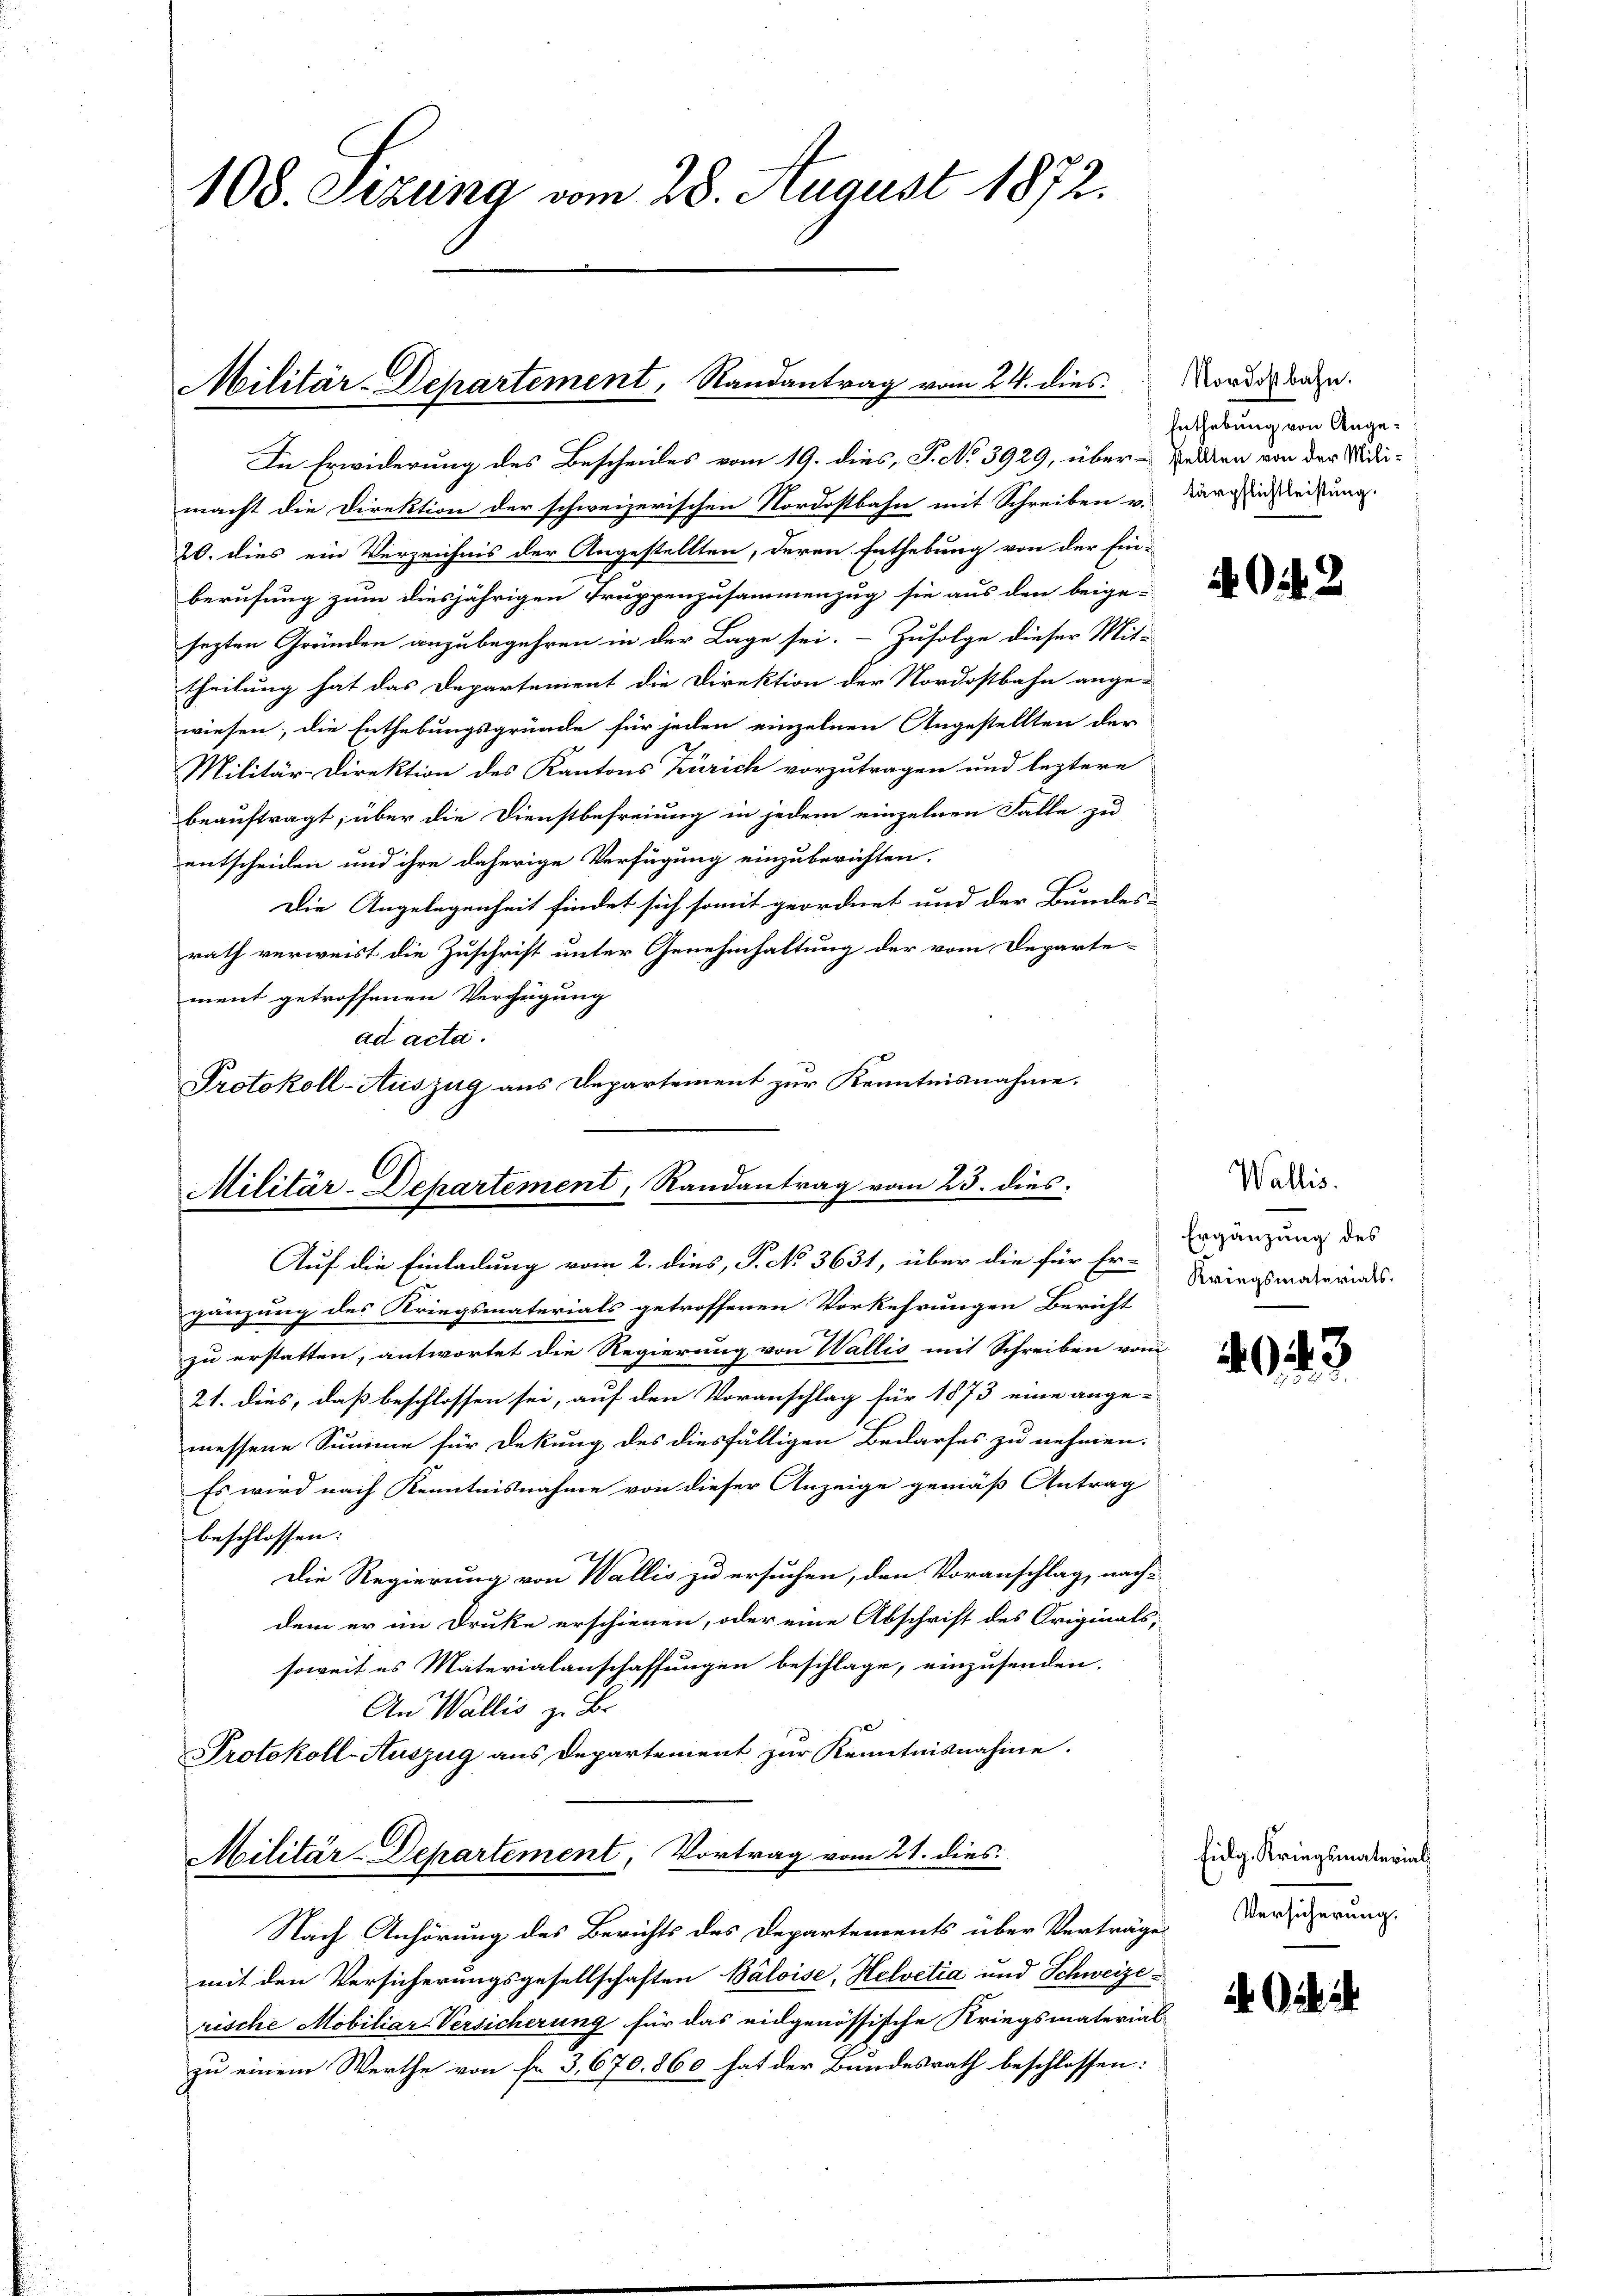
108. Sizung vom 28. August 1872.

Militär-Departement, Randantrag vom 24. dies

Militär-Departement, Randantrag vom 23. dies
Auf die Einladung vom 2. dies, P. No 3631, über die für Er-

In Erwiderung des Bescheides vom 19. dies, S. No 3929, über selten von der Widrimacht die Direktion der schweizerischen Nordostbahn mit Schreiben u. darzinsleistung.
20. dies ein Verzeichnis der Angestellten, deren Enthebung von der Ein-
berufung zum diesjährigen Truppenzusammenzug sie aus den beige-
sezten Gründen anzubegehren in der Lage sei. - Zufolge dieser Mit-
theilung hat das Departement die Direktion der Nordostbahn ange-
wiesen; die Enthebungsgründe für jeden einzelnen Angestellten der
Militär-Direktion des Kantons Zürich vorzutragen und leztere
beauftragt, über die Dienstbefreiung in jedem einzelnen Falle zu
entscheiden und ihre daherige Verfügung einzuberichten.
Die Angelegenheit findet sich somit geordnet und der Bundes-
rath verweist die Zuschrift unter Genehmhaltung der vom Departe-
ment getroffenen Verfügung
ad acta.
Protokoll-Auszug aus Departement zur Kenntnisnahme.

gänzung des Kriegsmaterials getroffenen Vorkehrungen Bericht
zu erstatten, antwortet die Regierung von Wallis mit Schreiben vom
21. dies, daß beschlossen sei, auf den Voranschlag für 1873 eine ange-
messene Summe für Dekung des diesfälligen Bedarfes zu nehmen.
Es wird nach Kenntnisnahme von dieser Anzeige gemäß Antrag
beschlossen:
Die Regierung von Wallis zu ersuchen, den Voranschlag, nach-
dem er im Druke erschienen, oder eine Abschrift des Originals,
soweit es Materialanschaffungen beschlage, einzusenden.
An Wallis zu Br
Protokoll-Auszug aus Departement zur Kenntnisnahme.
Militär-Departement, Vortrag vom 21. dies

Nach Anhörung des Berichts des Departements über Verträge
mit den Versicherungsgesellschaften Báloise, Helvetia und Schweize-
rische Mobiliar Versicherung für das eidgenössische Kriegsmaterial
zu einem Werthe von fr. 3, 670. 860 hat der Bundesrath beschlossen:

Nordostbahn.
Enthebung von Ange¬

404. 2

Wallis.
Ergänzung des
Kriegsmaterials.

fulg. Kriegsmaterial
Versicherung.

13